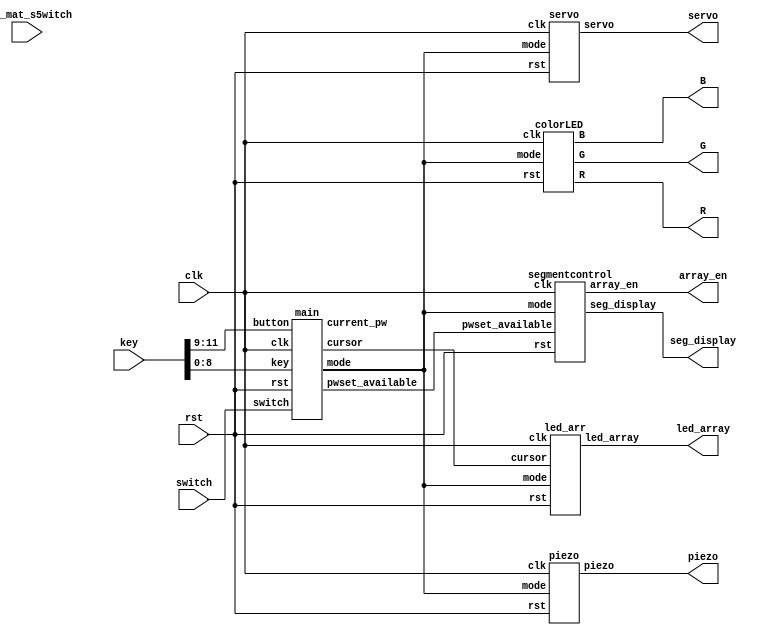

module digital_lock(
    input wire clk,
	input wire switch,
	input wire led_mat_s5witch,
    input wire rst,
    input wire [11:0] key, //key[0] = 1, key[12] #

	 output wire [3:0] led_array,

	 output wire [6:0] seg_display,
	 output wire [7:0] array_en,

     output wire servo,

     output wire piezo,
     

	
		output wire [3:0] R, G, B
);
//key 1~9 = password input
//key # = cancel
//key 0 = password enter
//key * : undo
wire [1:0] mode;
wire [1:0] cursor;
wire [8:0] pw_ent;
wire pwset_available;

wire motorclk;
//*0#




main m1(.rst(rst), .clk(clk), .button(key[11:9]), .key(key[8:0]), .switch(switch), .mode(mode),
        .cursor(cursor), .current_pw(pw_ent), .pwset_available(pwset_available));
 
led_arr ledar(.rst(rst), .clk(clk), .mode(mode), .cursor(cursor), .led_array(led_array));

segmentcontrol segcon(.rst(rst), .pwset_available(pwset_available), .mode(mode), .clk(clk),
                      .seg_display(seg_display), .array_en(array_en)); 

							 
piezo pz(.rst(rst), .clk(clk), .mode(mode), .piezo(piezo));


servo sv(.rst(rst), .clk(clk), .mode(mode), .servo(servo));

colorLED cld(.mode(mode), .rst(rst), .clk(clk), .R(R), .G(G), .B(B));


endmodule




module main(
	 input wire rst,
    input wire clk,          // clock
    input wire [2:0] button, // button[2] = # cancel button[1] = 0 enter button[0] = * undo
    input wire [8:0] key,    // key input
	input wire switch,
    output reg [1:0] mode,
    output reg [1:0] cursor,
    output reg [8:0] current_pw,
	 output reg pwset_available
    );

//reg [1:0] mode;
//mode : 0 normal state
//mode : 1 password setting
//mode : 2 opened
//mode : 3 password locked
 // cursor to locate present location


 
reg [11:0] modetime0;
reg [11:0] modetime1;

reg [8:0] pw_0_set, pw_1_set, pw_2_set, pw_3_set;//set password
reg [8:0] pw_0_ent, pw_1_ent, pw_2_ent, pw_3_ent;//entered password

reg pw_check;
//reg pwset_available;
reg [1:0] button_precedent; //only used for button 2 and 3



function [8:0] password_enter; //entering password task
    input [8:0] key;
    input [8:0] pw_en;
    begin
        password_enter = pw_en | key;
    end
endfunction

function password_check;
    input [8:0] current_pw_0;
    input [8:0] current_pw_1;
    input [8:0] current_pw_2;
    input [8:0] current_pw_3;

    input [8:0] entered_pw_0;
    input [8:0] entered_pw_1;
    input [8:0] entered_pw_2;
    input [8:0] entered_pw_3;


    reg [3:0] check;

    begin 
    check[0] = (current_pw_0 == entered_pw_0);
    check[1] = (current_pw_1 == entered_pw_1);
    check[2] = (current_pw_2 == entered_pw_2);
    check[3] = (current_pw_3 == entered_pw_3);

    password_check = &check;
    end
endfunction

task reset; //reset cursor and entered password
    output cursor;
    output [8:0] pw_0_new;
    output [8:0] pw_1_new;
    output [8:0] pw_2_new;
    output [8:0] pw_3_new;
	 output [8:0] current_pw_new;

    begin
        cursor = 2'd0;
        pw_0_new = 9'd0;
        pw_1_new = 9'd0;
        pw_2_new = 9'd0;
        pw_3_new = 9'd0;
		  current_pw_new = 9'd0;
    end
endtask

initial begin 
    mode <= 2'd0; 
    cursor <= 2'd0;
    pw_check <= 1'd0;
    pwset_available <= 1'd0;
    button_precedent <= 2'd0; 

    pw_0_set <= 9'd0;
    pw_1_set <= 9'd0;
    pw_2_set <= 9'd0;
    pw_3_set <= 9'd0;

    pw_0_ent <= 9'd0;
    pw_1_ent <= 9'd0;
    pw_2_ent <= 9'd0;
    pw_3_ent <= 9'd0;
	 current_pw <= 9'd0;
	 
	 modetime0 <= 12'd0;
	 modetime1 <= 12'd0;
    
end // initial setting

always @(posedge clk or posedge rst) begin
// or posedge button[0] or posedge button[1] or posedge button[2] or posedge button[3]
if (rst) begin
mode <= 2'd0; 
    cursor <= 2'd0;
    pw_check <= 1'd0;
    pwset_available <= 1'd0;
    button_precedent <= 2'd0; 

    pw_0_set <= 9'd0;
    pw_1_set <= 9'd0;
    pw_2_set <= 9'd0;
    pw_3_set <= 9'd0;

    pw_0_ent <= 9'd0;
    pw_1_ent <= 9'd0;
    pw_2_ent <= 9'd0;
    pw_3_ent <= 9'd0;
	 current_pw <= 9'd0;
	 modetime0 <= 12'd0;
	 modetime1 <= 12'd0;
end
else begin
	  
	  if(mode == 2'd2 || mode == 2'd3) begin
			modetime0 = modetime0 + 1'b1;
			if(modetime0 == 12'b1111_1111_1111) begin 
			modetime1 = modetime1 + 1'b1;
			modetime0 = 12'b0;
			end
			if(modetime1 == 12'b0000_0000_1111) begin
				modetime0 = 12'b0;
				modetime1 = 10'd0;
				mode = 2'd0;
			end
	  end
	 else begin
    if (button[2] == 1'd1) begin // cancel
        mode <= 2'd0; // mode : normal state
        pw_0_ent <= 9'd0;
        pw_1_ent <= 9'd0;
        pw_2_ent <= 9'd0;
        pw_3_ent <= 9'd0; //entered password initialize
        cursor <= 2'd0;
        pw_check <= 1'd0;
    end

    else begin //if button[0] == 0

        if (switch == 1'd1) begin //pwsetting
            mode <= 2'd1; // mode : password setting
            pw_0_ent <= 9'd0;
            pw_1_ent <= 9'd0;
            pw_2_ent <= 9'd0;
            pw_3_ent <= 9'd0; //entered password initialize
            cursor <= 2'd0;
            pw_check <= 1'd0;
        end

        else begin //if button[1] == 0

            if (button[1] == 1'd0 && button[0] == 1'd0) begin  // if no button is pushed

                if (cursor == 2'd0) begin 
                    pw_0_ent = password_enter (key, pw_0_ent); 
                    current_pw = pw_0_ent;
                end
                else if (cursor == 2'd1) begin 
                    pw_1_ent = password_enter (key, pw_1_ent); 
                    current_pw = pw_1_ent;
                end
                else if (cursor == 2'd2) begin 
                    pw_2_ent = password_enter (key, pw_2_ent); 
                    current_pw = pw_2_ent;
                end
                else if (cursor == 2'd3) begin 
                    pw_3_ent = password_enter (key, pw_3_ent); 
                    current_pw = pw_3_ent;
                end
                
                button_precedent = 2'd0;
            end //entering password

            else if ((button[1] == 1'd1 && button[0] == 1'd0) && button_precedent[1] == 1'd0) begin // if 'enter' button pushed

                if (cursor == 2'd3) begin //if password is full-entered
                    if (pwset_available == 1'd1) begin
                        pw_0_set <= pw_0_ent;
                        pw_1_set <= pw_1_ent;
                        pw_2_set <= pw_2_ent;
                        pw_3_set <= pw_3_ent; //current password change
                        reset(cursor, pw_0_ent, pw_1_ent, pw_2_ent, pw_3_ent, current_pw);
                        pwset_available = 1'd0;
                        mode = 2'd0; //return to normal state
                        //password_reset;
                    end
                    else begin
                        pw_check = password_check (pw_0_set, pw_1_set, pw_2_set, pw_3_set, pw_0_ent, pw_1_ent, pw_2_ent, pw_3_ent);

                        if (mode == 2'd0) begin // normal state
                            if (pw_check == 1'd1) begin //password correct
                                mode = 2'd2;
                                pw_check = 1'd0;   
                                reset(cursor, pw_0_ent, pw_1_ent, pw_2_ent, pw_3_ent, current_pw);
                                //open; // TBD
                            end
                            else if (pw_check == 1'd0) begin //password wrong
                                mode = 2'd3;
                                reset(cursor, pw_0_ent, pw_1_ent, pw_2_ent, pw_3_ent, current_pw);
                                //lock; // TBD
                            end
									 
                        end
                    
                        else if (mode == 2'd1) begin //password setting
                            if(pw_check == 1'd1) begin //password correct
                                pwset_available <= 1'd1;
                                pw_check = 1'd0;
                                reset(cursor, pw_0_ent, pw_1_ent, pw_2_ent, pw_3_ent, current_pw); 
                            end
                            else if(pw_check == 1'd0) begin //password correct
                                mode = 2'd3;
                                reset(cursor, pw_0_ent, pw_1_ent, pw_2_ent, pw_3_ent, current_pw); 
                            //lock; // TBD
                            end
                        end // if password is fully entered, do password check
                    end
                end
                else begin
                    cursor = cursor + 1'b1;
                end //else, cursor moved

                button_precedent[1] = 1'd1; // button already pushed
            end

            else if (button[0] == 1'd1 && button_precedent[0] == 1'd0) begin //if 'undo' button entered
                if (cursor == 2'd0) begin
                    pw_0_ent = 9'd0;
						  pw_1_ent = 9'd0;
					   	pw_2_ent = 9'd0;
							pw_3_ent = 9'd0;
                end
                else if (cursor == 2'd1) begin
                    if(pw_1_ent == 9'd0) begin // when password wasn't entered, go to previous password
                        cursor = cursor - 1'd1;
								pw_0_ent = 9'd0;
                    end
                    else begin                //when password was being entered, reset the current-entered password
                        pw_1_ent = 9'd0;
								pw_2_ent = 9'd0;
								pw_3_ent = 9'd0;
                    end
                end
                else if (cursor == 2'd2) begin
                    if(pw_2_ent == 9'd0) begin
								pw_1_ent = 9'd0;
                        cursor = cursor - 1'd1;
                    end
                    else begin
                        pw_2_ent = 9'd0;
								pw_3_ent = 9'd0;
                    end
                end
                else if (cursor == 2'd3) begin
                    if(pw_3_ent == 12'd0) begin
						  pw_2_ent = 9'd0;
                        cursor = cursor - 1'd1;
                    end
                    else begin
                        pw_3_ent = 9'd0;
                    end
                end 
					 current_pw = 9'd0;
                button_precedent[0] = 1'd1; //button already pushed
            end
        end
    end
	 end
end
end




endmodule





module led_arr(
    input wire rst,
	input wire clk,
	input wire [1:0] mode,
	input wire [1:0] cursor,
	output reg [3:0] led_array
); //module to use LED array
initial led_array <= 4'b0000;


always @(posedge clk or posedge rst) begin
    if(rst) begin
        led_array <= 4'b0000;
    end
    else begin
	if(mode == 2'd0 || mode == 2'd1) begin
		if(cursor == 2'd1) led_array <= 4'b0001;
		else if(cursor == 2'd2) led_array <= 4'b0011;
		else if(cursor == 2'd3) led_array <= 4'b0111;
		else led_array <= 4'b0000;
	end
	else begin
		led_array <= 4'b1111;
	end
    end
end

endmodule

module segmentcontrol(
input rst,
input wire pwset_available,
input wire [1:0] mode,
input wire clk,
output reg [6:0] seg_display,
output reg [7:0] array_en 
); //module to use 7-segment display
reg [6:0] seg0;
reg [6:0] seg1;
reg [6:0] seg2;
reg [6:0] seg3;
reg [6:0] seg4;
reg [6:0] seg5;
reg [6:0] seg6;
reg [6:0] seg7;


initial begin
array_en <= 8'b0000_0001; seg_display <= 7'd0;
seg0 <= 7'd0;
seg1 <= 7'd0;
seg2 <= 7'd0;
seg3 <= 7'd0;
seg4 <= 7'd0;
seg5 <= 7'd0;
seg6 <= 7'd0;
seg7 <= 7'd0;
end
//mode : 0 normal state
//mode : 1 password setting
//mode : 2 opened
//mode : 3 password locked
always @(posedge clk or posedge rst) begin
    if(rst) begin
        array_en <= 8'b1111_1110; seg_display <= 7'd0;
seg0 <= 7'd0;
seg1 <= 7'd0;
seg2 <= 7'd0;
seg3 <= 7'd0;
seg4 <= 7'd0;
seg5 <= 7'd0;
seg6 <= 7'd0;
seg7 <= 7'd0;
    end
    else begin
	if(pwset_available == 1'b1) begin
		seg0 <= 7'b0010101; // n
		seg1 <= 7'b1001111; // E
		seg2 <= 7'b0011100; // w
		seg3 <= 7'b0011000; // w
		seg4 <= 7'b0000000; // 
		seg5 <= 7'b1100111; // P
		seg6 <= 7'b0011100; // w
		seg7 <= 7'b0011000; // w
	end
	else if(mode == 2'd0) begin
		seg0 <= 7'b1001111; // E
		seg1 <= 7'b0010101; // n
		seg2 <= 7'b0001111; // t
		seg3 <= 7'b1001111; // E
		seg4 <= 7'b0000101; // r
		seg5 <= 7'b0000000;
		seg6 <= 7'b0000000;
		seg7 <= 7'b0000000;
	end
	else if(mode == 2'd1) begin 
		seg0 <= 7'b1001111; // E
		seg1 <= 7'b0010101; // n
		seg2 <= 7'b0001111; // t
		seg3 <= 7'b1001111; // E
		seg4 <= 7'b0000101; // r
		seg5 <= 7'b1100111; // P
		seg6 <= 7'b0011100; // w
		seg7 <= 7'b0011000; // w
	end
	else if(mode == 2'd2) begin
		seg0 <= 7'b0000000;
		seg1 <= 7'b0000000;
		seg2 <= 7'b1111110; // O
		seg3 <= 7'b1100111; // P
		seg4 <= 7'b1001111; // E
		seg5 <= 7'b0010101; // n
		seg6 <= 7'b0000000;
		seg7 <= 7'b0000000;
	end
	else if(mode == 2'd3) begin
		seg0 <= 7'b0000000; 
		seg1 <= 7'b0000000; // 
		seg2 <= 7'b0001110; // L
		seg3 <= 7'b1111110; // O
		seg4 <= 7'b1001110; // C
		seg5 <= 7'b1010111; // K
		seg6 <= 7'b0000000; // 
		seg7 <= 7'b0000000;
	end
	else begin
		seg0 <= 7'd0;
		seg1 <= 7'd0;
		seg2 <= 7'd0;
		seg3 <= 7'd0;
		seg4 <= 7'd0;
		seg5 <= 7'd0;
		seg6 <= 7'd0;
		seg7 <= 7'd0;
	end
     array_en = {array_en[6:0] , array_en[7]};
	
	if(array_en == 8'b1111_1110) seg_display <= seg0;
	else if(array_en == 8'b1111_1101) seg_display <= seg1;
	else if(array_en == 8'b1111_1011) seg_display <= seg2;
	else if(array_en == 8'b1111_0111) seg_display <= seg3;
	else if(array_en == 8'b1110_1111) seg_display <= seg4;
	else if(array_en == 8'b1101_1111) seg_display <= seg5;
	else if(array_en == 8'b1011_1111) seg_display <= seg6;
	else if(array_en == 8'b0111_1111) seg_display <= seg7;
    end
	
end


endmodule


module piezo (
    input rst,
    input clk,
    input [1:0] mode,
    output reg piezo
); //module to use piezo, alert when pw is wrong




initial begin 
    piezo = 0;
end

always @(posedge clk or posedge rst) begin
    if(rst) begin
        piezo <= 0;

    end
    else begin
        if(mode == 2'd3) begin   //if mode == lock, alert'
		   piezo <= ~piezo;
        end
        else begin
            piezo <= 0;

        end
    end
    
end

endmodule

module servo(
    input rst,
    input clk,
    input [1:0] mode,
    output reg servo
); //module to make servo move

integer register, count;



always @(posedge clk or posedge rst) begin
if(rst) begin
	register = 0;
end
else begin
    if(mode == 2'd2) begin
        register = 23; //angle 180
    end
    else begin
        register = 7; //angle 0
    end
end
end

always @(posedge clk or posedge rst) begin
if(rst) begin
    count = 0;
end
else begin
    if (count >= 199)  count = 0;
    else  count = count + 1;

end
end //time-controlled servo movement

always @(count or register) begin
    if (count < register)
    servo = 1;
	 else
    servo = 0;

end


endmodule

module colorLED(
input wire [1:0] mode,
input rst,
input clk,
output reg [3:0] R, G, B
);



initial begin

R = 4'd0;
G = 4'd0;
B = 4'd0;
end


always @(posedge clk or posedge rst) begin
if(rst) begin
R = 4'd0;
G = 4'd0;
B = 4'd0;
end
else begin
	case(mode)
	
	2'd0: begin R<= 4'b1111; G <= 4'b1111; B <= 4'b1111; end
	2'd1: begin R<= 4'b0000; G <= 4'b0000; B <= 4'b1111; end
	2'd2: begin R<= 4'b0000; G <= 4'b1111; B <= 4'b0000; end
	default : begin R<= 4'b1111; G <= 4'b0000; B <= 4'b0000; end
	endcase
end
end
endmodule